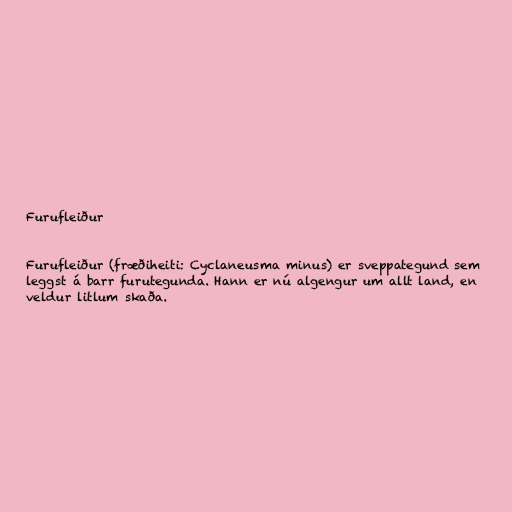
Furufleiður

Furufleiður (fræðiheiti: Cyclaneusma minus) er sveppategund sem
leggst á barr furutegunda. Hann er nú algengur um allt land, en
veldur litlum skaða.